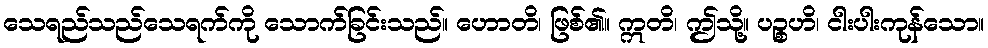
သေရည်သည်သေရက်ကို သောက်ခြင်းသည်။ ဟောတိ၊ ဖြစ်၏။ ဣတိ၊ ဤသို့။ ပဉ္စဟိ၊ ငါးပါးကုန်သော။